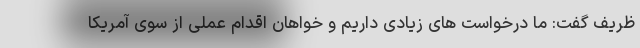
ظریف گفت: ما درخواست های زیادی داریم و خواهان اقدام عملی از سوی آمریکا